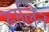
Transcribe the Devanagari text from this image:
ढालिन